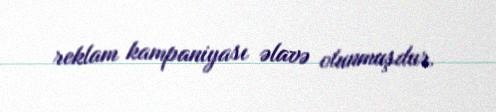
reklam kampaniyası əlavə olunmuşdur.